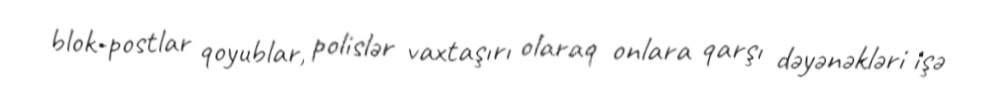
blok-postlar qoyublar, polislər vaxtaşırı olaraq onlara qarşı dəyənəkləri işə